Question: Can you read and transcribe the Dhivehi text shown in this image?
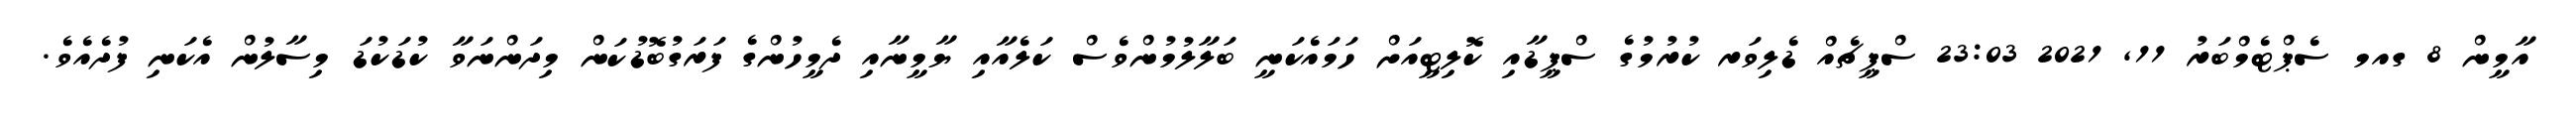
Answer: އާމީން 8 ގއމ ސެޕްޓެމްބަރު 11, 2021 23:03 ސްޕީޗެއް ޑެލިވަރ ކުރުމުގެ ސްޕީޑާއި ކޮލިޓީއަށް ހަމައެކަނީ ބަލާލުމުންވެސް ކަލެއާއި ޔާމީނާއި ދެމީހުންގެ ފަރަގުބޮޑުކަން މިދަންނަވާ ކުޑަކުޑަ މިސާލުން އެކަނި ފުދެއެވެ.